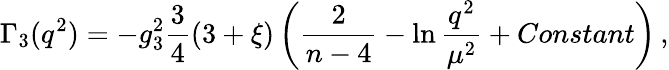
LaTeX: \Gamma_{3}(q^{2})=-g_{3}^{2}\frac{3}{4}(3+\xi)\left(\frac{2}{n-4}-\ln\frac{q^{2}}{\mu^{2}}+Constant\right)\, ,